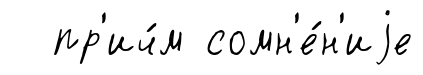
пр'ич́м сомн'е́н'иjе